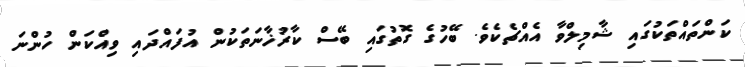
ކަންތައްތަކުގައި ޝާމިލްވާ އެއްޗެކެވެ. ބޭހުގެ ގޮތުގައި ބޭސް ކާރުޚާނަތަކުން އުފައްދައި ވިއްކަން ހުންނަ